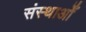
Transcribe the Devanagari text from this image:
संस्थाओँ